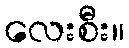
လေးစီး။